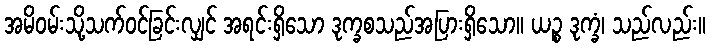
အမိဝမ်းသို့သက်ဝင်ခြင်းလျှင် အရင်းရှိသော ဒုက္ခစသည်အပြားရှိသော။ ယဉ္စ ဒုက္ခံ၊ သည်လည်း။